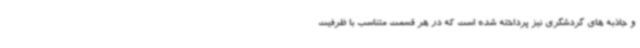
و جاذبه های گردشگری نیز پرداخته شده است که در هر قسمت متناسب با ظرفیت